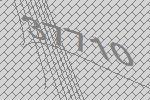
37710